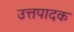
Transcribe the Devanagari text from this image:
उत्तपादक